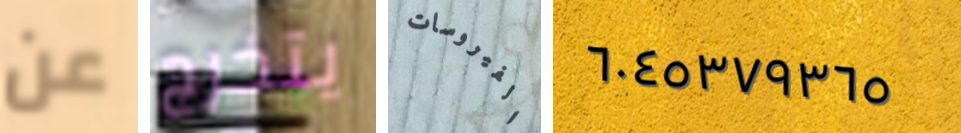
عن يتخرج الفيروسات ٦٠٤٥٣٧٩٣٦٥